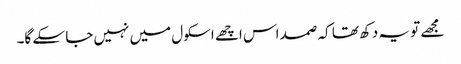
مجھے تو یہ دکھ تھا کہ صمد اس اچھے اسکول میں نہیں جا سکے گا۔